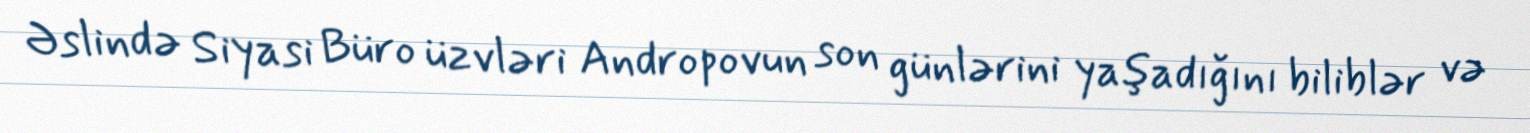
Əslində Siyasi Büro üzvləri Andropovun son günlərini yaşadığını biliblər və